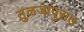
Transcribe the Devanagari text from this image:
तुळजापुरात